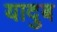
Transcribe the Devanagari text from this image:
यादुब